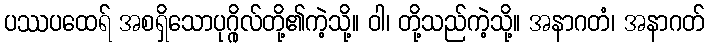
ပဿပထေရ် အစရှိသောပုဂ္ဂိုလ်တို့၏ကဲ့သို့။ ဝါ၊ တို့သည်ကဲ့သို့။ အနာဂတံ၊ အနာဂတ်